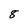
Character: 8